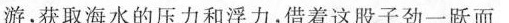
游，获取海水的压力和浮力，借着这股子劲一跃而